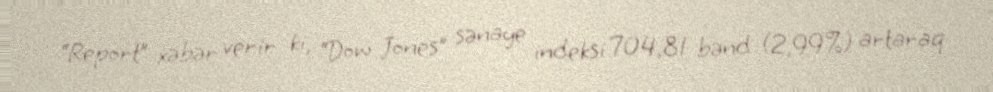
“Report” xəbər verir ki, “Dow Jones” sənaye indeksi 704,81 bənd (2,99%) artaraq